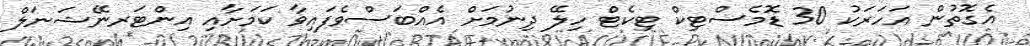
އެގޮތުން އަހަރަކު 30 ޑޮމެސްޓިކް ޓިކެޓް ހިލޭ ދިނުމަށް އެއްބަސްވެފައިވާ ކަމަށާއި އިންޓަރނޭޝަނަލް